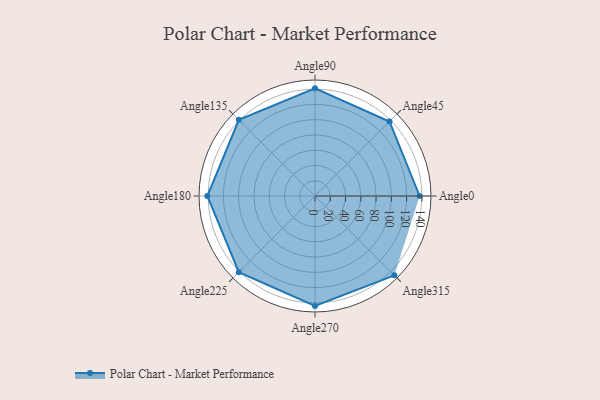
{"axis": {"x": "Angle", "y": "Radius"}, "legend": [""], "data": [{"x": "Angle0", "y": 137.0, "type": ""}, {"x": "Angle45", "y": 138.0, "type": ""}, {"x": "Angle90", "y": 141.0, "type": ""}, {"x": "Angle135", "y": 141.0, "type": ""}, {"x": "Angle180", "y": 141.0, "type": ""}, {"x": "Angle225", "y": 141.0, "type": ""}, {"x": "Angle270", "y": 144.0, "type": ""}, {"x": "Angle315", "y": 147.0, "type": ""}]}